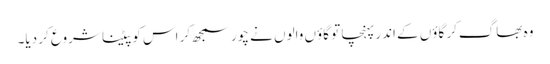
وہ بھاگ‌کر گاؤں کے اندر پہنچا تو گاؤں والوں نے چور سمجھ‌کر اس کو پیٹنا شروع کر دیا۔